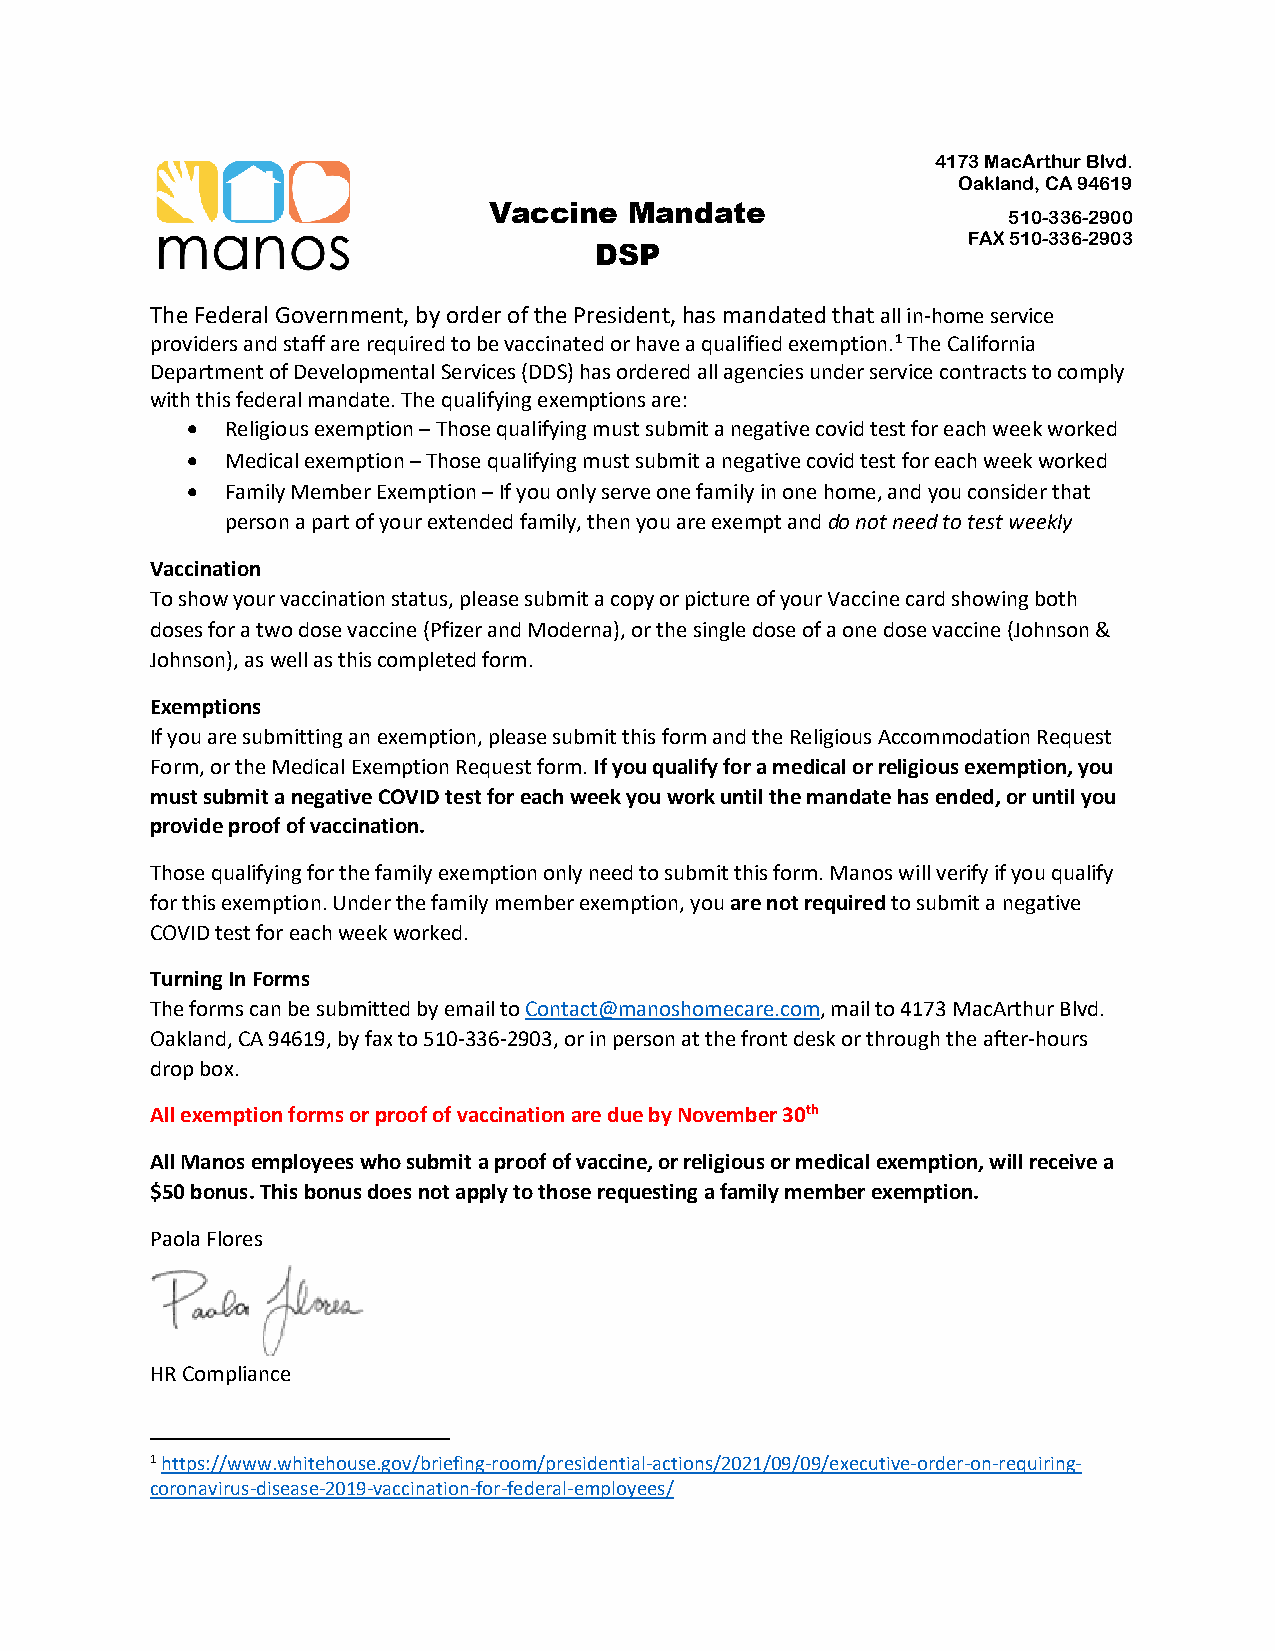
4173 MacArthur Blvd.
 Oakland, CA 94619
 Vaccine   Mandate                  510-336-2900
 FAX 510-336-2903
 DSP
 The Federal Government, by order of the President, has mandated that all in-home service
 providers and staff are required to be vaccinated or have a qualified exemption.1 The California
 Department of Developmental Services (DDS) has ordered all agencies under service contracts to comply
 with this federal mandate. The qualifying exemptions are:
 •  Religious exemption – Those qualifying must submit a negative covid test for each week worked
 •  Medical exemption – Those qualifying must submit a negative covid test for each week worked
 •  Family Member Exemption – If you only serve one family in one home, and you consider that
 person a part of your extended family, then you are exempt and do not need to test weekly
 Vaccination
 To show your vaccination status, please submit a copy or picture of your Vaccine card showing both
 doses for a two dose vaccine (Pfizer and Moderna), or the single dose of a one dose vaccine (Johnson &
 Johnson), as well as this completed form.
 Exemptions
 If you are submitting an exemption, please submit this form and the Religious Accommodation Request
 Form, or the Medical Exemption Request form. If you qualify for a medical or religious exemption, you
 must submit a negative COVID test for each week you work until the mandate has ended, or until you
 provide proof of vaccination.
 Those qualifying for the family exemption only need to submit this form. Manos will verify if you qualify
 for this exemption. Under the family member exemption, you are not required to submit a negative
 COVID test for each week worked.
 Turning In Forms
 The forms can be submitted by email to Contact@manoshomecare.com, mail to 4173 MacArthur Blvd.
 Oakland, CA 94619, by fax to 510-336-2903, or in person at the front desk or through the after-hours
 drop box.
 All exemption forms or proof of vaccination are due by November 30th
 All Manos employees who submit a proof of vaccine, or religious or medical exemption, will receive a
 $50 bonus. This bonus does not apply to those requesting a family member exemption.
 Paola Flores
 HR Compliance
 1 https://www.whitehouse.gov/briefing-room/presidential-actions/2021/09/09/executive-order-on-requiring-
 coronavirus-disease-2019-vaccination-for-federal-employees/